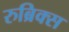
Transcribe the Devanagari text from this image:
रुब्रिक्स